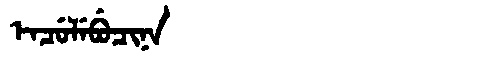
Manchu: ᡝᠨᠴᡠᠯᡝᠪᡠᠴᡳᠨᠠ
Romanization: ENCULEBUCINA